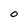
Character: O